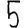
Digit: 5